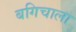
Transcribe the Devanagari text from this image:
बगिचाला